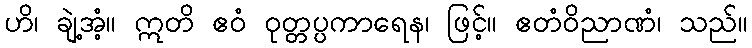
ဟိ၊ ချဲ့အံ့။ ဣတိ ဧဝံ ဝုတ္တပ္ပကာရေန၊ ဖြင့်။ ဧတံဝိညာဏံ၊ သည်။